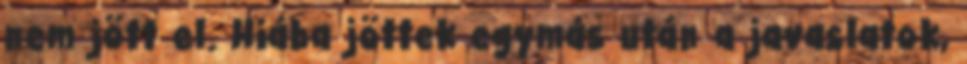
nem jött el. Hiába jöttek egymás után a javaslatok,